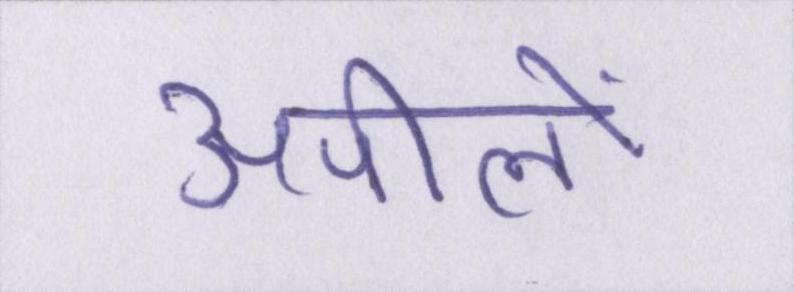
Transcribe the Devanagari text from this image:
अपीलों